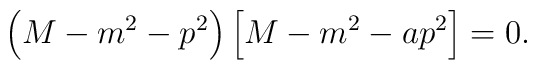
\left(M-m^2 -p^2\right) \left[ M-m^2 -ap^2 \right] =0 .